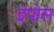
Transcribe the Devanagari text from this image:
इपोस